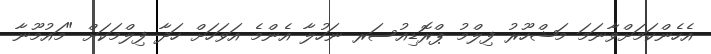
އެހެންކަމަށްވާނަމަ މަޝްހޫރު ފިލްމު ޕްރޮޑިއުސަރ ނަހުލާ އެންމެ އަވަހަށް ހަދާ ފިލްމަކަށް "މައުމޫނާ